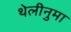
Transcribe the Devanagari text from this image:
थेलीनुमा